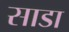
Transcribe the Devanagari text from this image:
साडा